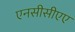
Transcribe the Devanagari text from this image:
एनसीसीएए